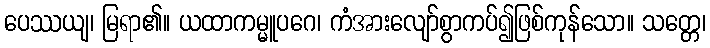
ပေဿယျ၊ မြရာ၏။ ယထာကမ္မူပဂေ၊ ကံအားလျော်စွာကပ်၍ဖြစ်ကုန်သော။ သတ္တေ၊